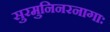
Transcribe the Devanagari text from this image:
सुरमुनिनरनागाः